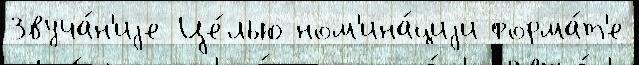
Звуча́н'иjе Це́лью ном'ина́циjи форма́т'е